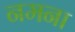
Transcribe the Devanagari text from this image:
नमना